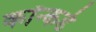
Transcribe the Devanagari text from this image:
कॉन्कर्ड